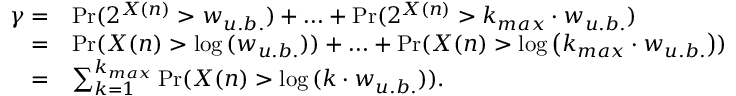
\begin{array} { r l } { \gamma = } & { \operatorname* { P r } ( 2 ^ { X ( n ) } > w _ { u . b . } ) + \ldots + \operatorname* { P r } ( 2 ^ { X ( n ) } > k _ { m a x } \cdot w _ { u . b . } ) } \\ { = } & { \operatorname* { P r } ( X ( n ) > \log { ( w _ { u . b . } ) } ) + \ldots + \operatorname* { P r } ( X ( n ) > \log { \left( k _ { m a x } \cdot w _ { u . b . } \right) } ) } \\ { = } & { \sum _ { k = 1 } ^ { k _ { m a x } } \operatorname* { P r } ( X ( n ) > \log { ( k \cdot w _ { u . b . } ) } ) . } \end{array}